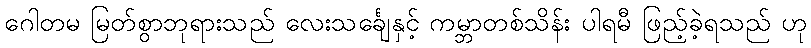
ဂေါတမ မြတ်စွာဘုရားသည် လေးသင်္ချေနှင့် ကမ္ဘာတစ်သိန်း ပါရမီ ဖြည့်ခဲ့ရသည် ဟု